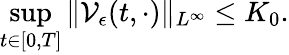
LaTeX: \operatorname*{sup}_{t\in[0,T]}\| \mathcal{V}_{\epsilon}(t,\cdot)\| _{L^{\infty}}\leq K_{0}.